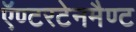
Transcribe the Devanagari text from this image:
ऍण्टरटेनमैण्ट